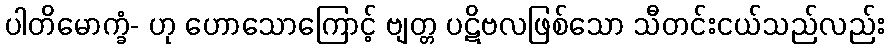
ပါတိမောက္ခံ- ဟု ဟောသောကြောင့် ဗျတ္တ ပဋိဗလဖြစ်သော သီတင်းငယ်သည်လည်း